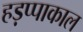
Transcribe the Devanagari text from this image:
हड़प्पाकाल